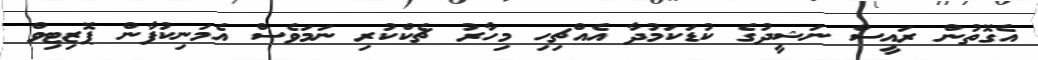
އެގޮތުން ރައީސް ނަޝީދުގެ ކުޑަކަމުދާ އެއްޗިހި މިހާރު ޗެކްކުރި ނަމަވެސް އެމަނިކުފާން ޕޮޒިޓިވް